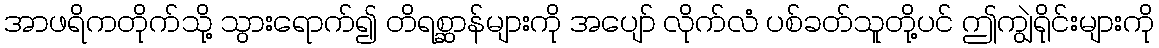
အာဖရိကတိုက်သို့ သွားရောက်၍ တိရစ္ဆာန်များကို အပျော် လိုက်လံ ပစ်ခတ်သူတို့ပင် ဤကျွဲရိုင်းများကို